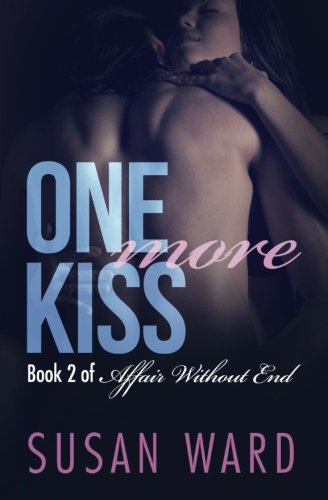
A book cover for One More Kiss (Affair Without End) (Volume 2); Susan Ward; Romance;